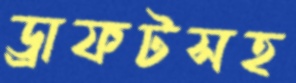
ড্রাফটসহ